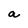
Character: a